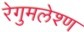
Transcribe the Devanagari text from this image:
रेगुमलेश्ण